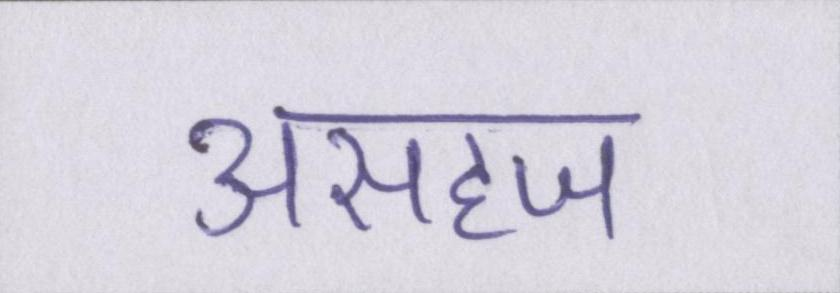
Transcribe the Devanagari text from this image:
असहज